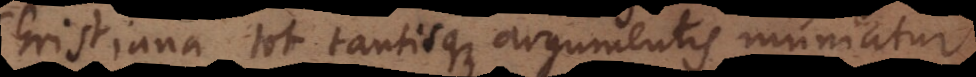
Christiana tot tantisque argumentis muniatur